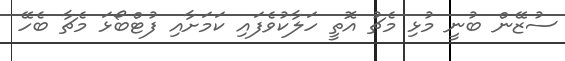
ސުޒޭން ބުނީ މުޅި މެޗު އޮތީ ހަލާކުވެފައި ކަމަށާއި ފުޓްބޯޅަ މެޗާ ބެހޭ